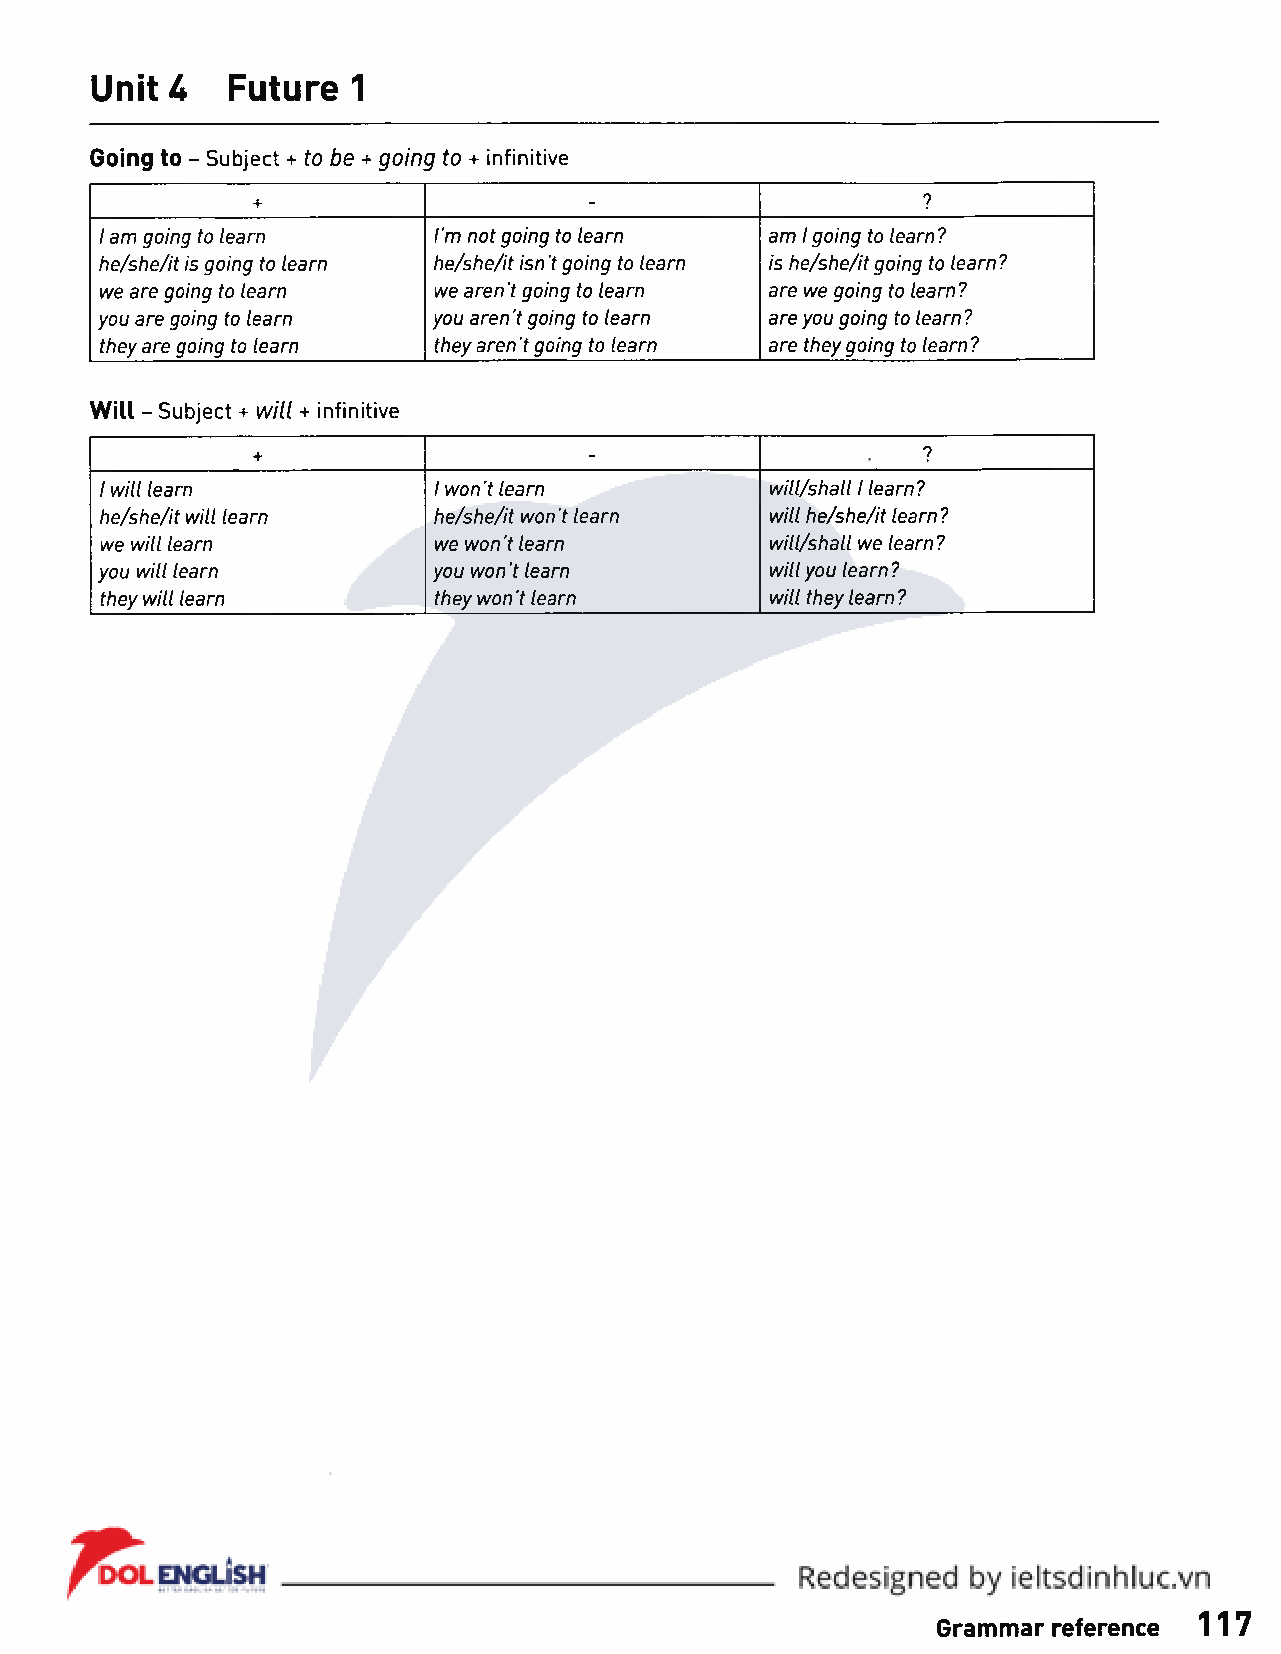
Unit U   Future  1
 Going to - Subject + to be + going to + infinitive
 +                                           ?
 -
 1 am going to learn   I'm not going to learn am 1 going to learn?
 he/she/it is going to learn he/she/it isn 't going to learn is he/she/it going to learn?
 we are going to learn we aren't going to learn are we going to learn?
 you are going to learn you aren't going to learn are you going to learn ?
 they are going to learn they aren't going to learn are they going to learn?
 Will - Subject + will + infinitive
 +                                           ?
 -
 1 will learn          1 won't learn         will/shall 1 learn?
 he/she/it will learn  he/she/it won't learn will he/she/it learn ?
 we will learn         we won't learn        will/shall we learn?
 you will learn         you won't learn       will you learn?
 they will learn       they won't learn      will they learn?
 Grammar reference 117